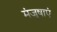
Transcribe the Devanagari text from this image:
मंजुषाएं